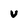
Character: V